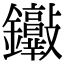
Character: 𨰮